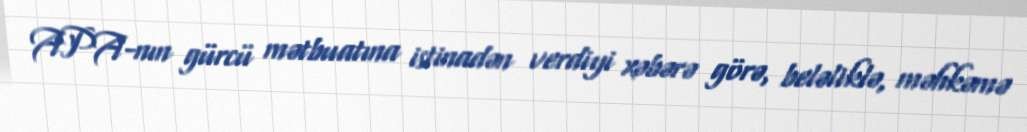
APA-nın gürcü mətbuatına istinadən verdiyi xəbərə görə, beləliklə, məhkəmə